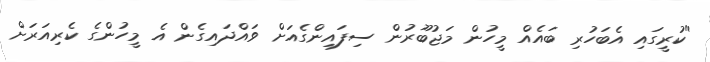
"ކުރީގައި އެބަހުރި ބައެއް މީހުން މަޖުބޫރުން ސިފައިންގެއަށް ވައްދައިގެން އެ މީހުންގެ ކެރިއަރަށް